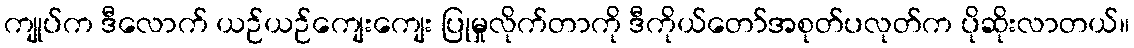
ကျုပ်က ဒီလောက် ယဉ်ယဉ်ကျေးကျေး ပြုမှုလိုက်တာကို ဒီကိုယ်တော်အစုတ်ပလုတ်က ပိုဆိုးလာတယ်။